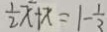
\frac { 1 } { 2 } x + x = 1 - \frac { 1 } { 3 }